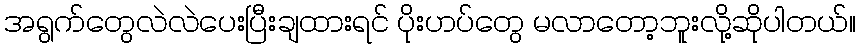
အရွက်တွေလဲလဲပေးပြီးချထားရင် ပိုးဟပ်တွေ မလာတော့ဘူးလို့ဆိုပါတယ်။